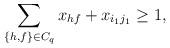
LaTeX: \begin{align*}&\sum\limits_{\{h,f\} \in C_q} x_{hf} + x_{i_1j_1} \ge 1,\end{align*}